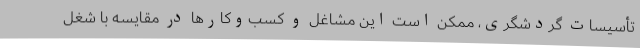
تأسیسات گردشگری، ممکن است این مشاغل و کسب‌وکارها در مقایسه با شغل